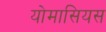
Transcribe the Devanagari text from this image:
योमासियस